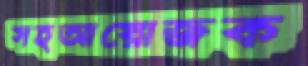
সহআয়োজক